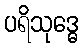
ပရိသုဒ္ဓေ